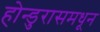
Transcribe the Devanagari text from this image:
होन्डुरासमधून